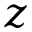
z